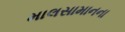
માલસામાનના